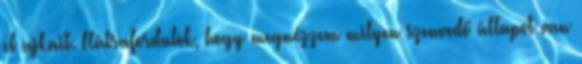
el ajkait. Hátrafordulok, hogy megnézzem milyen szenvedő állapot van